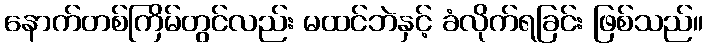
နောက်တစ်ကြိမ်တွင်လည်း မထင်ဘဲနှင့် ခံလိုက်ရခြင်း ဖြစ်သည်။